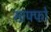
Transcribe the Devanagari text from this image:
साफ्फो